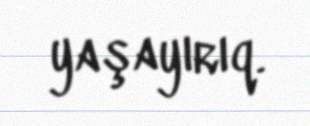
yaşayırıq.